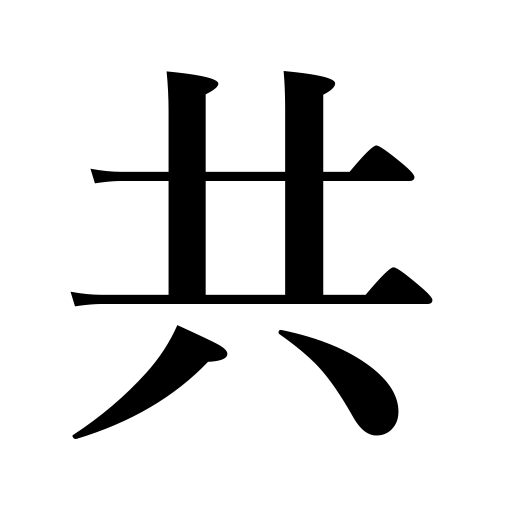
Meanings: and,as well as,together with,with,plural ending,all,neither with neg.,both,including